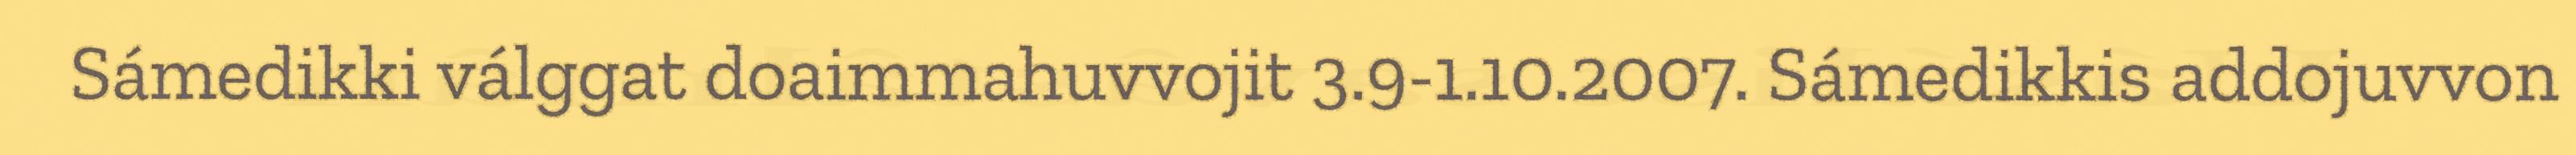
Sámedikki válggat doaimmahuvvojit 3.9-1.10.2007. Sámedikkis addojuvvon